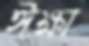
ঈক্ষা